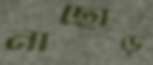
নাছোড়